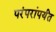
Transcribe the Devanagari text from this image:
परंपरांपर्यंत